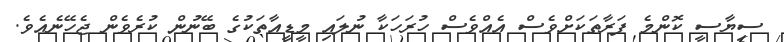
ސިޔާސީ ކޮންމެ ފަރާތަކަށްވެސް އެއްވެސް ހުރަހަކާ ނުލައި މީޑީއާތަކުގެ ބޭނުން ކުރެވެން ޖެހޭނެއެވެ.